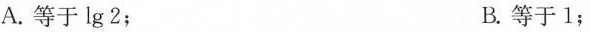
A. 等于 lg 2； B. 等于 1；